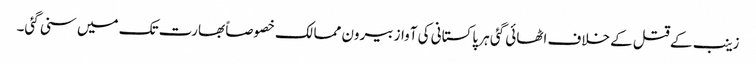
زینب کے قتل کے خلاف اٹھائی گئی ہر پاکستانی کی آواز بیرون ممالک خصوصاً بھارت تک میں سنی گئی۔